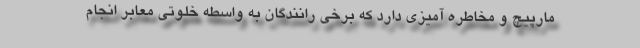
مارپیچ و مخاطره آمیزی دارد که برخی رانندگان به واسطه خلوتی معابر انجام